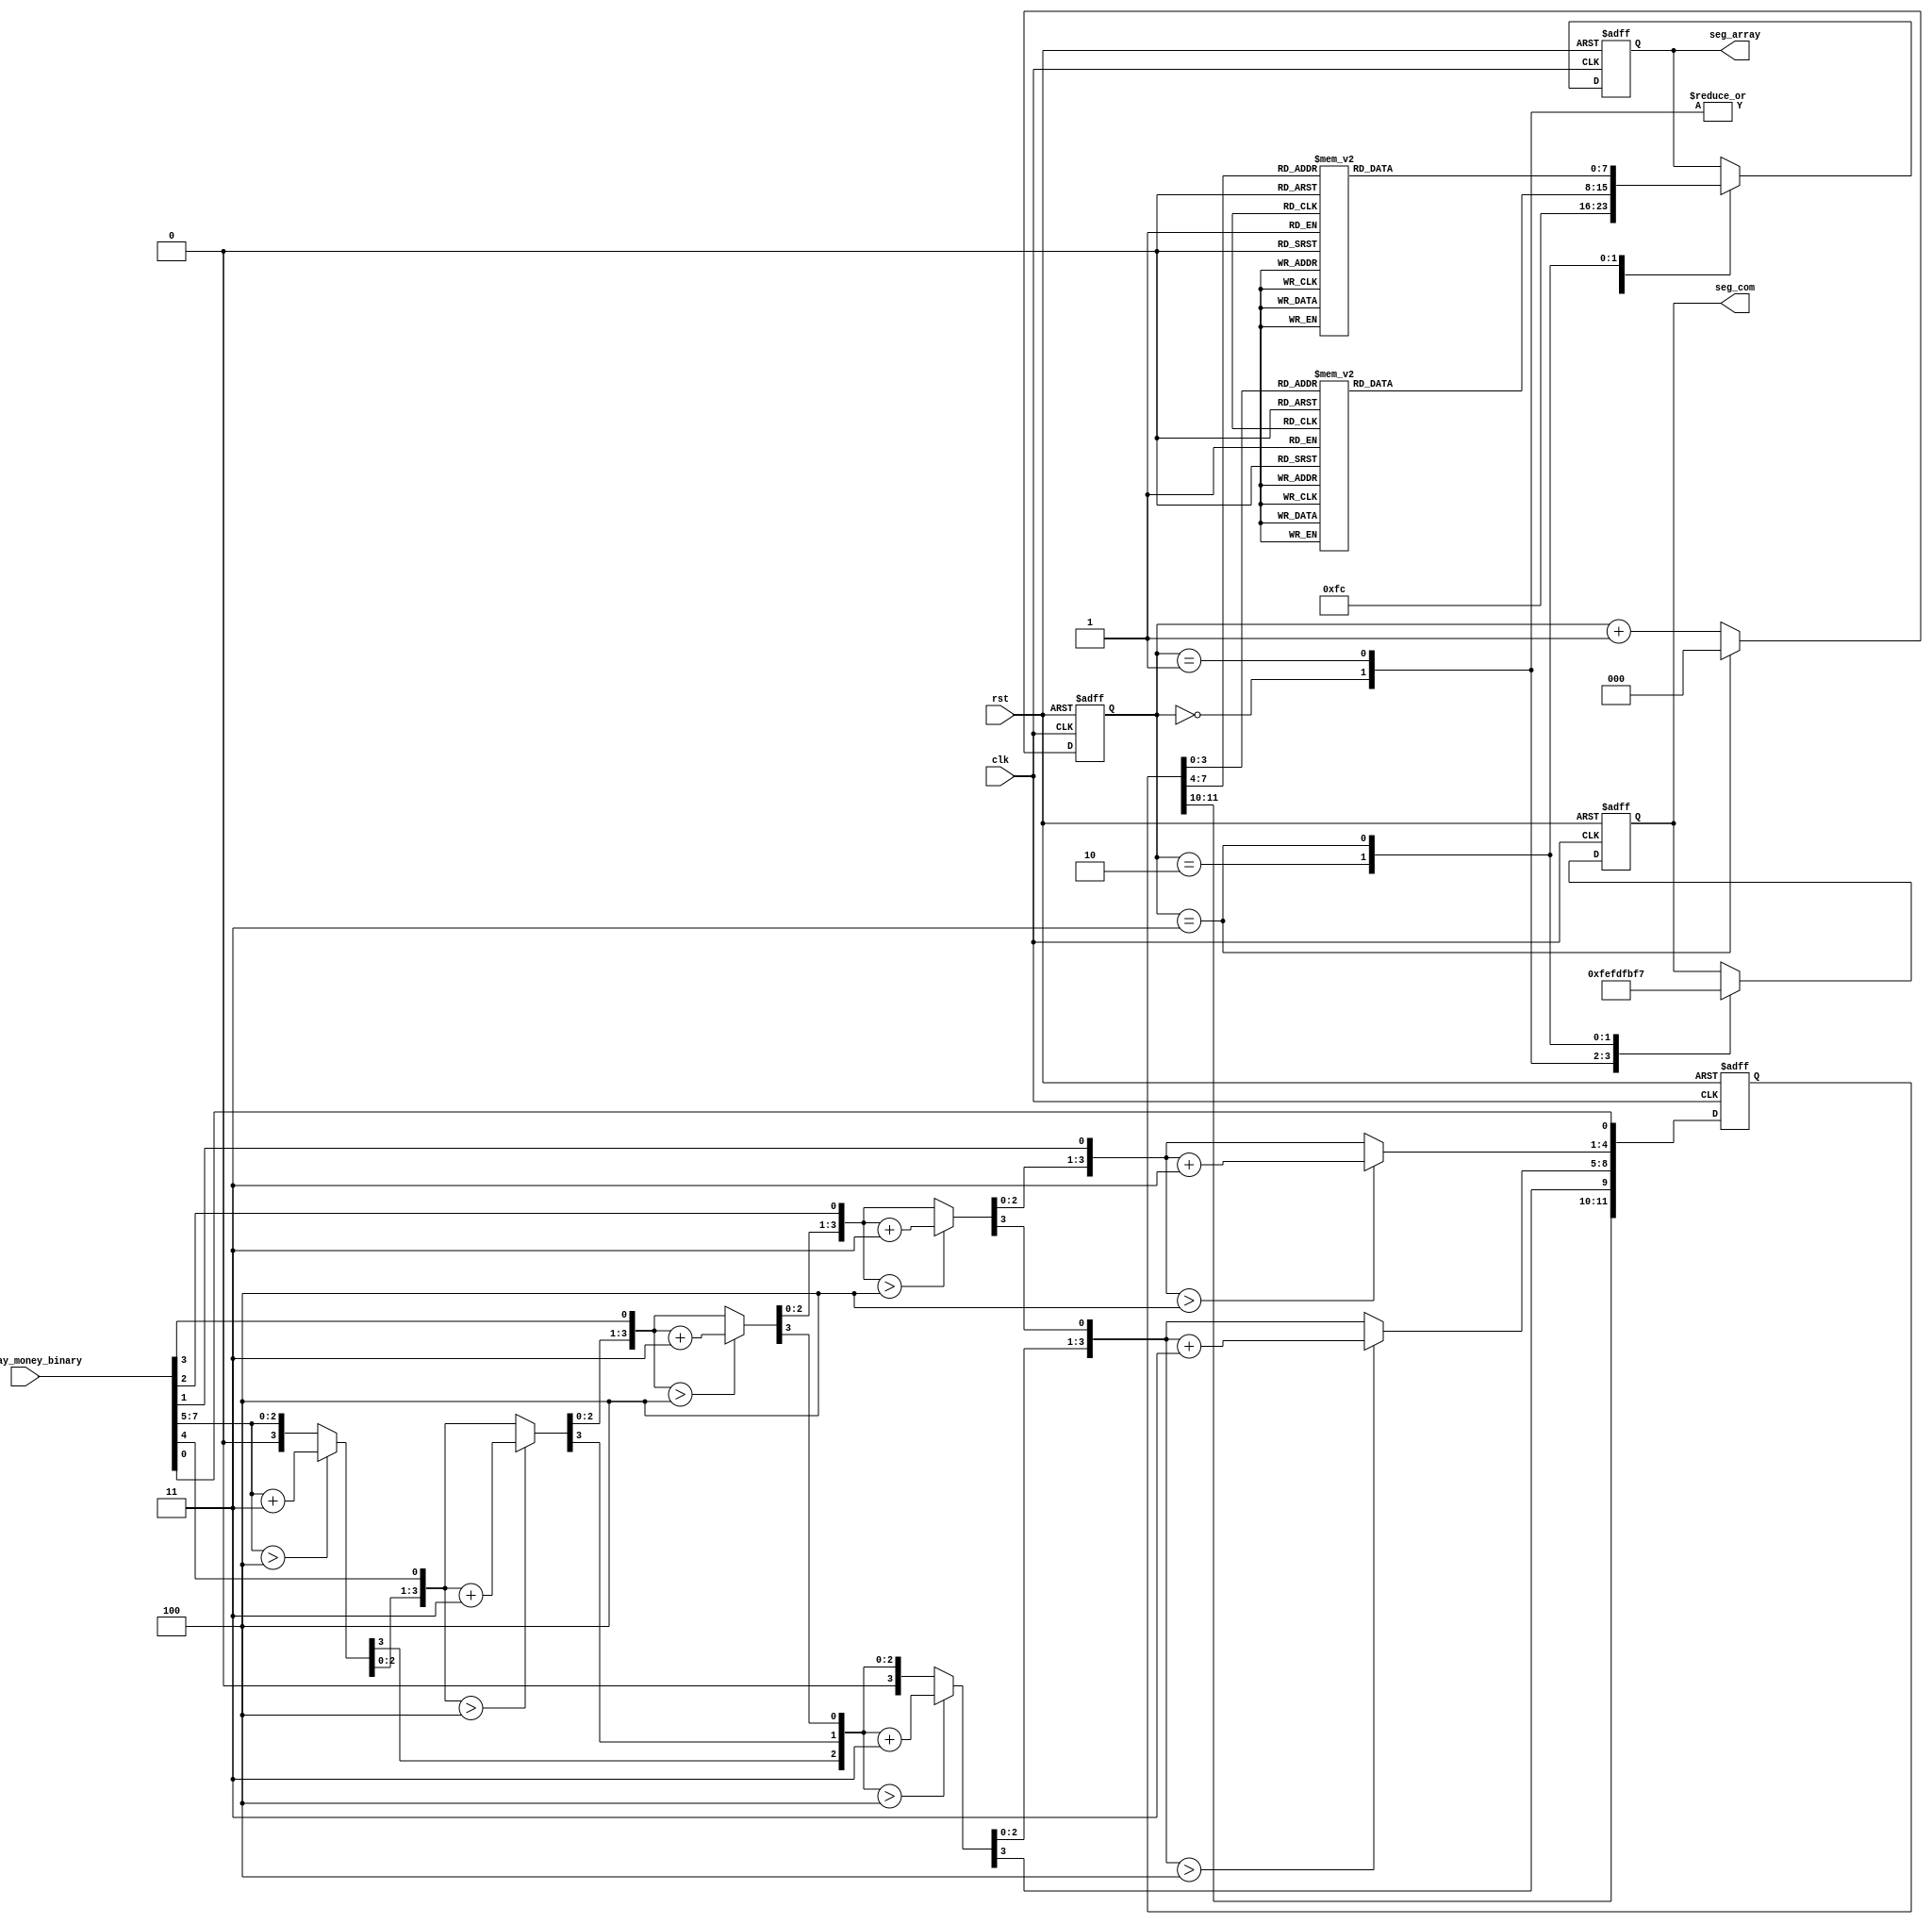
`timescale 1ns / 1ps
//////////////////////////////////////////////////////////////////////////////////
// Company: 
// Engineer: 
// 
// Design Name: 
// Module Name: money_to_fnd_array
// Project Name: 
// Target Devices: 
// Tool Versions: 
// Description: 
// 
// Dependencies: 
// 
// Revision:
// Revision 0.01 - File Created
// Additional Comments:
// 
//////////////////////////////////////////////////////////////////////////////////


module money_to_fnd_array(
    input clk, rst,
    input [7:0] display_money_binary,
    output reg [7:0] seg_com, seg_array
    );

    // binary to bcd converter
    reg [4*3-1:0] display_money_bcd;

    parameter binary_w = 8;
    integer i, j;

    always @(negedge rst, posedge clk) begin
        if (!rst) display_money_bcd = 0;
        else begin
            //    double dabble   
            // 0 
            for(i = 0; i <= binary_w+(binary_w-4)/3; i = i+1) display_money_bcd[i] = 0;
            // bcd binary input 
            display_money_bcd[binary_w-1:0] = display_money_binary;
            // 4bit  4 
            for(i = 0; i <= binary_w-4; i = i+1) begin
                for(j = 0; j <= i/3; j = j+1) begin
                    //  4   4  3 
                    if (display_money_bcd[binary_w-i+4*j -: 4] > 4)
                    display_money_bcd[binary_w-i+4*j -: 4] = display_money_bcd[binary_w-i+4*j -: 4] + 4'd3;
                end
            end
        end
    end

    parameter d0 = 8'b1111_1100;
    parameter d1 = 8'b0110_0000;
    parameter d2 = 8'b1101_1010;
    parameter d3 = 8'b1111_0010;
    parameter d4 = 8'b0110_0110;
    parameter d5 = 8'b1011_0110;
    parameter d6 = 8'b1011_1110;
    parameter d7 = 8'b1110_0000;
    parameter d8 = 8'b1111_1110;
    parameter d9 = 8'b1111_0110;

    // fnd array bcd 
    parameter com0 = 8'b1111_1110;
    parameter com1 = 8'b1111_1101;
    parameter com2 = 8'b1111_1011;
    parameter com3 = 8'b1111_0111;

    reg [2:0] fnd_array_cnt;

    always @(negedge rst, posedge clk) begin
        if (!rst) fnd_array_cnt <= 0;
        else begin
            if (fnd_array_cnt == 3) fnd_array_cnt <= 0;
            else fnd_array_cnt <= fnd_array_cnt + 1;
        end
    end

    always @(negedge rst, posedge clk) begin
        if (!rst) begin
            seg_com <= com0;
            seg_array <= d0;
        end
        else begin
            case (fnd_array_cnt)
                0 : begin
                    seg_com <= com0;
                    seg_array <= d0;
                end
                1 : begin
                    seg_com <= com1;
                    seg_array <= d0;
                end
                2 : begin
                    seg_com <= com2;
                    case (display_money_bcd[4*1-1:4*0])
                        4'd0 : seg_array <= d0;
                        4'd1 : seg_array <= d1;
                        4'd2 : seg_array <= d2;
                        4'd3 : seg_array <= d3;
                        4'd4 : seg_array <= d4;
                        4'd5 : seg_array <= d5;
                        4'd6 : seg_array <= d6;
                        4'd7 : seg_array <= d7;
                        4'd8 : seg_array <= d8;
                        4'd9 : seg_array <= d9;
                        default : seg_array <= d0;
                    endcase
                end
                3 : begin
                    seg_com <= com3;
                    case (display_money_bcd[4*2-1:4*1])
                        4'd0 : seg_array <= d0;
                        4'd1 : seg_array <= d1;
                        4'd2 : seg_array <= d2;
                        4'd3 : seg_array <= d3;
                        4'd4 : seg_array <= d4;
                        4'd5 : seg_array <= d5;
                        4'd6 : seg_array <= d6;
                        4'd7 : seg_array <= d7;
                        4'd8 : seg_array <= d8;
                        4'd9 : seg_array <= d9;
                        default : seg_array <= d0;
                    endcase
                end
            endcase
        end
    end
endmodule